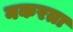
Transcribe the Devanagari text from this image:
नकरता